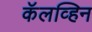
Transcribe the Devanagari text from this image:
कॅलव्हिन